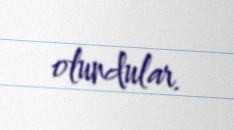
olundular.